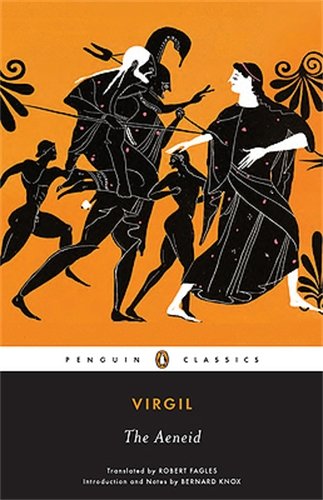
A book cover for The Aeneid (Penguin Classics); Virgil; Literature & Fiction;